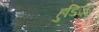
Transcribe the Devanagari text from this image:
हुडिज़